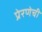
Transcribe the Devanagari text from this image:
प्रेरणेची